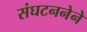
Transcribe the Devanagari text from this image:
संघटननेने